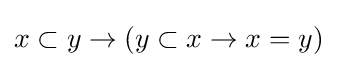
x\subset y\rightarrow (y\subset x\rightarrow x=y)